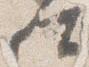
仕